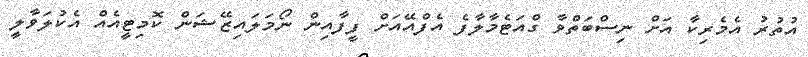
އުތުރު އެމެރިކާ އަށް ނިސްބަތްވާ ގްއަޓެމާލާފެ އެފްއޭއަށް ފީފާއިން ނޯމަލައިޒޭޝަން ކޮމިޓީއެއް އެކުލަވާލީ